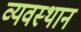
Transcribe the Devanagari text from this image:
व्यवस्थान